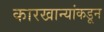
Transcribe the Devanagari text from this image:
कारखान्यांकडून